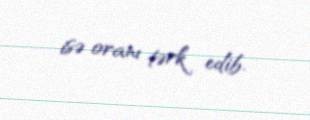
isə oranı tərk edib.